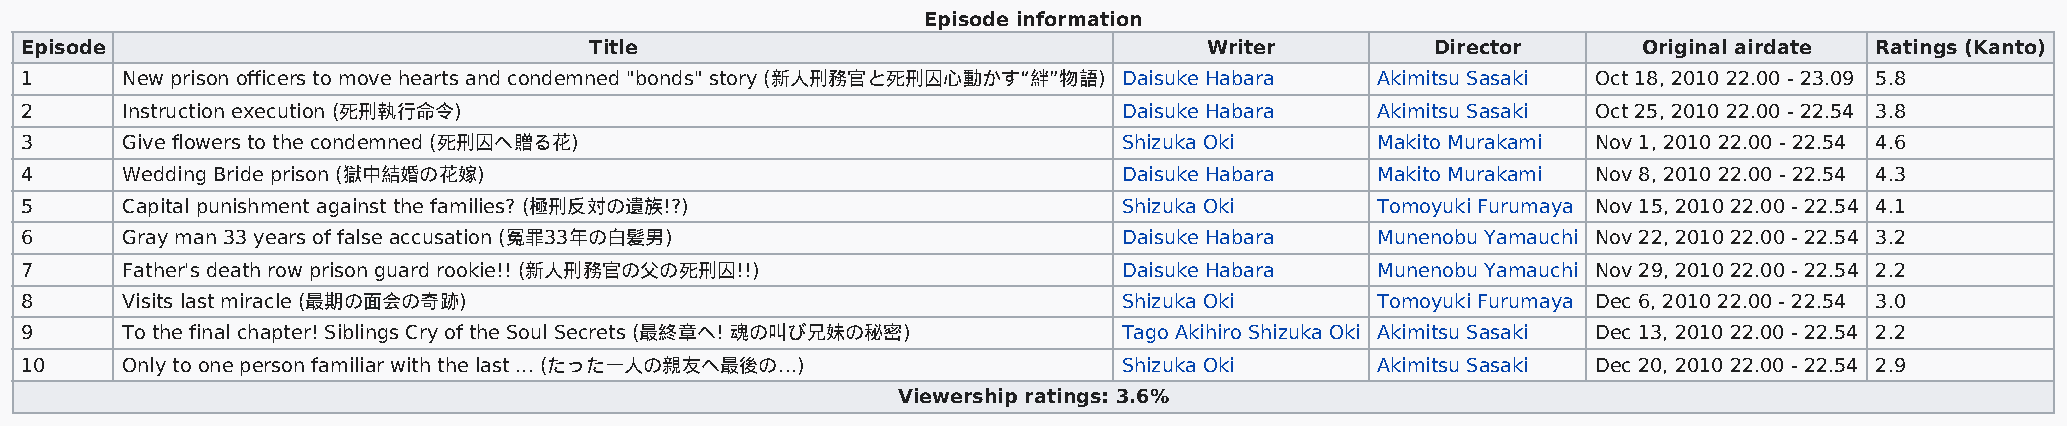
Episode information
 Episode                               Title                                    Writer         Director      Original airdate Ratings (Kanto)
 1      New prison officers to move hearts and condemned "bonds" story (新人刑務官と死刑囚心動かす“絆”物語) Daisuke Habara Akimitsu Sasaki Oct 18, 2010 22.00 - 23.09 5.8
 2      Instruction execution (死刑執行命令)                                    Daisuke Habara   Akimitsu Sasaki Oct 25, 2010 22.00 - 22.54 3.8
 3      Give flowers to the condemned (死刑囚へ贈る花)                           Shizuka Oki      Makito Murakami Nov 1, 2010 22.00 - 22.54 4.6
 4      Wedding Bride prison (獄中結婚の花嫁)                                    Daisuke Habara   Makito Murakami Nov 8, 2010 22.00 - 22.54 4.3
 5      Capital punishment against the families? (極刑反対の遺族!?)              Shizuka Oki      Tomoyuki Furumaya Nov 15, 2010 22.00 - 22.54 4.1
 6      Gray man 33 years of false accusation (冤罪33年の白髪男)                 Daisuke Habara   Munenobu Yamauchi Nov 22, 2010 22.00 - 22.54 3.2
 7      Father's death row prison guard rookie!! (新人刑務官の父の死刑囚!!)          Daisuke Habara   Munenobu Yamauchi Nov 29, 2010 22.00 - 22.54 2.2
 8      Visits last miracle (最期の面会の奇跡)                                    Shizuka Oki      Tomoyuki Furumaya Dec 6, 2010 22.00 - 22.54 3.0
 9      To the final chapter! Siblings Cry of the Soul Secrets (最終章へ! 魂の叫び兄妹の秘密) Tago Akihiro Shizuka Oki Akimitsu Sasaki Dec 13, 2010 22.00 - 22.54 2.2
 10     Only to one person familiar with the last ... (たった一人の親友へ最後の…)     Shizuka Oki      Akimitsu Sasaki Dec 20, 2010 22.00 - 22.54 2.9
 Viewership ratings: 3.6%